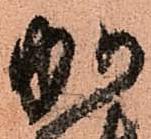
加